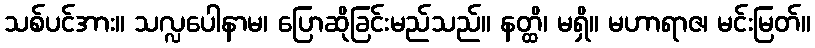
သစ်ပင်အား။ သလ္လပေါနာမ၊ ပြောဆိုခြင်းမည်သည်။ နတ္ထိ၊ မရှိ။ မဟာရာဇ၊ မင်းမြတ်။